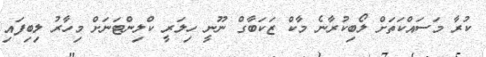
ކުރާ މަސައްކަތަށް ލޯބިކުރާނެ މާކް ޒަކަބާގް ނޫނީ ހިލަރީ ކްލިންޓަނަށް މިހާރު ލިބިފައި